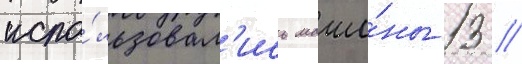
испо́льзовал'ись маши́ны 13 //